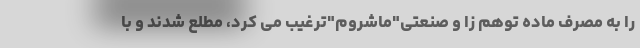
را به مصرف ماده توهم زا و صنعتی"ماشروم"ترغیب می کرد، مطلع شدند و با